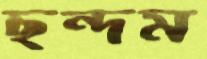
ছন্দম